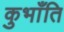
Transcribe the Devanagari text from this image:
कुभाँति